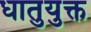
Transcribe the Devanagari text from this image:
धातुयुक्त